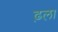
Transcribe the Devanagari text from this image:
ढ़ला